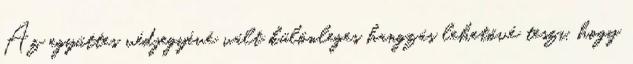
Az együttes védjegyévé vált különleges hangzás lehetővé teszi, hogy